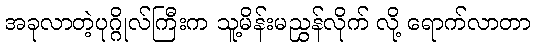
အခုလာတဲ့ပုဂ္ဂိုလ်ကြီးက သူ့မိန်းမညွှန်လိုက် လို့ ရောက်လာတာ